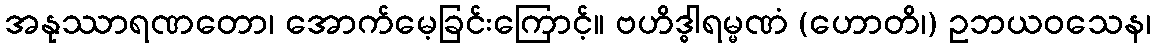
အနုဿာရဏတော၊ အောက်မေ့ခြင်းကြောင့်။ ဗဟိဒ္ဓါရမ္မဏံ (ဟောတိ၊) ဥဘယဝသေန၊